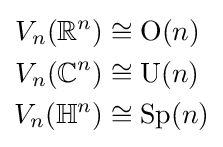
{\begin{aligned}V_{n}(\mathbb {R} ^{n})&\cong \mathrm {O} (n)\\V_{n}(\mathbb {C} ^{n})&\cong \mathrm {U} (n)\\V_{n}(\mathbb {H} ^{n})&\cong \mathrm {Sp} (n)\end{aligned}}